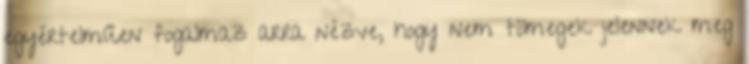
egyértelműen fogalmaz arra nézve, hogy nem tömegek jelennek meg